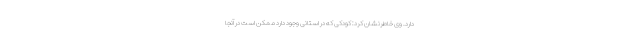
دارد. وی خاطرنشان کرد: کودکی که در استانی وجود دارد ممکن است در آنجا